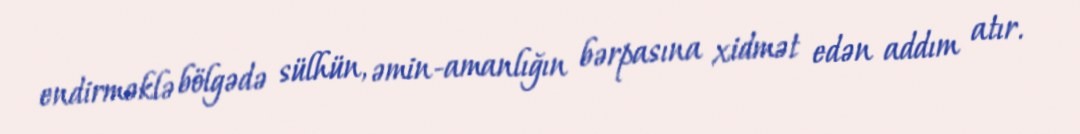
endirməklə bölgədə sülhün, əmin-amanlığın bərpasına xidmət edən addım atır.